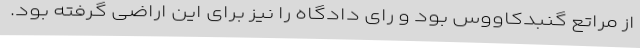
از مراتع گنبدکاووس بود و رای دادگاه را نیز برای این اراضی گرفته بود.